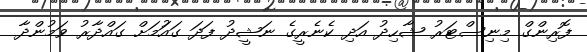
ފޮރިންގް މިނިސްޓަރު ޝާހިދު އަދި ކެނެރީގެ ނަޝީދު ފަދަ ގައުަމަށް ގައްދާރު ވަމުންދާ